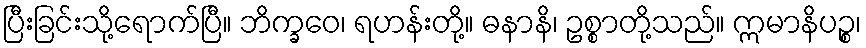
ပြီးခြင်းသို့ရောက်ပြီ။ ဘိက္ခဝေ၊ ရဟန်းတို့။ ဓနာနိ၊ ဥစ္စာတို့သည်။ ဣမာနိပဉ္စ၊